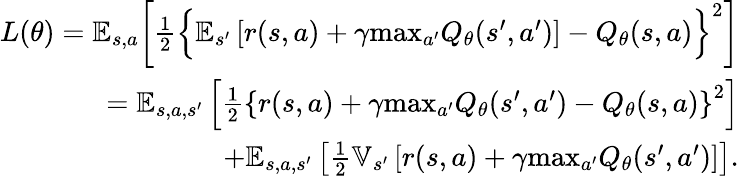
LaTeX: \begin{array}{r}{L(\theta)=\mathbb{E}_{s,a}\bigg[\frac{1}{2}\Big\lbrace\mathbb{E}_{s^{\prime}}\left[r(s,a)+\gamma\mathrm{max}_{a^{\prime}}Q_{\theta}(s^{\prime},a^{\prime})\right]-Q_{\theta}(s,a)\Big\rbrace^{2}\bigg]}\\ {=\mathbb{E}_{s,a,s^{\prime}}\left[\frac{1}{2}\left\lbrace r(s,a)+\gamma\mathrm{max}_{a^{\prime}}Q_{\theta}(s^{\prime},a^{\prime})-Q_{\theta}(s,a)\right\rbrace^{2}\right]}\\ {+\mathbb{E}_{s,a,s^{\prime}}\left[\frac{1}{2}\mathbb{V}_{s^{\prime}}\left[r(s,a)+\gamma\mathrm{max}_{a^{\prime}}Q_{\theta}(s^{\prime},a^{\prime})\right]\right].}\end{array}